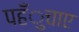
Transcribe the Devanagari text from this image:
पहँुचाए